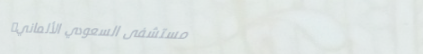
مستشفى السعودي الألماني: